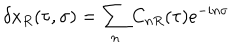
LaTeX: \delta x _ { R } ( \tau , \sigma ) = \sum _ { n } C _ { n R } ( \tau ) e ^ { - i n \sigma }